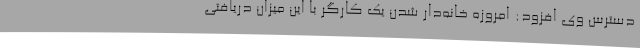
دسترس وی افزود: امروزه خانه‌دار شدن یک کارگر با این میزان دریافتی